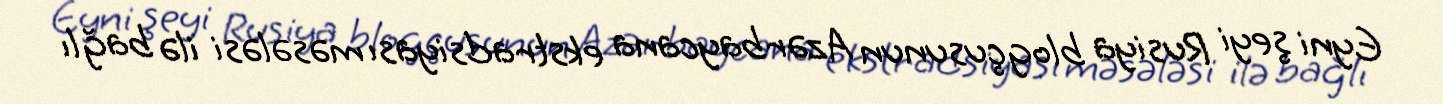
Eyni şeyi Rusiya blogçusunun Azərbaycana ekstradsiyası məsələsi ilə bağlı